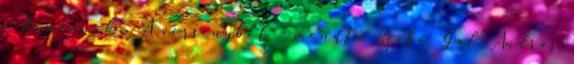
a kamionok". A versenyből - mondta Szabó Gál András